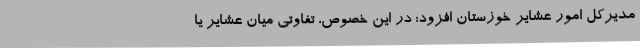
مدیرکل امور عشایر خوزستان افزود: در این خصوص، تفاوتی میان عشایر یا